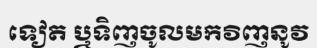
ទៀត ឬទិញចូលមកវិញនូវ